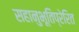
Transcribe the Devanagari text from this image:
सहानुभूतिप्रेरित